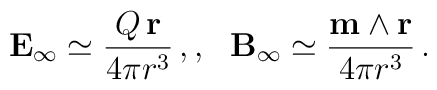
{\bf E}_{\infty} \simeq \frac{Q \, {\bf r}}{4 \pi r^3} \, , \ \\, \ \ {\bf B}_{\infty} \simeq \frac{{\bf m} \wedge {\bf r}}{4\pi r^3}  \, .